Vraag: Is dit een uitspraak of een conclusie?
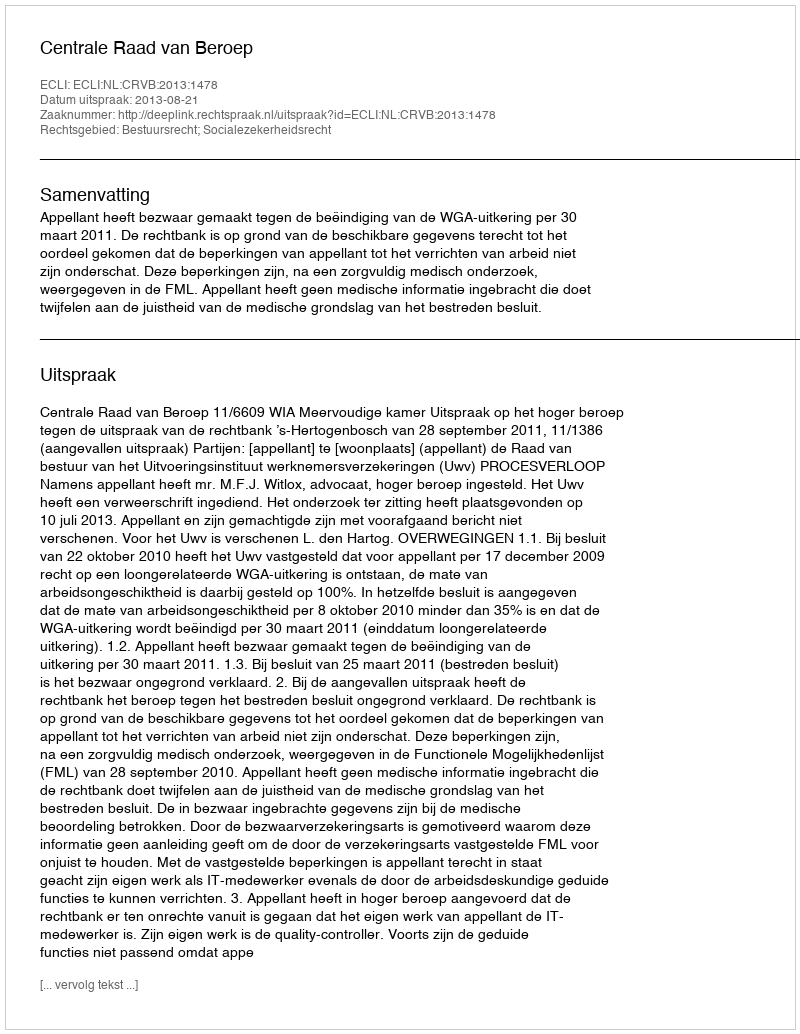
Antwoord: Uitspraak